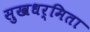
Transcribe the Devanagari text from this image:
सुखधर्मिता